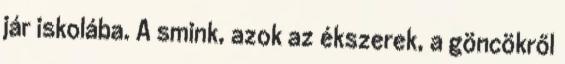
jár iskolába. A smink, azok az ékszerek, a göncökről